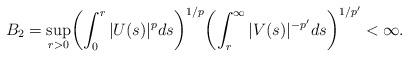
LaTeX: \begin{align*}B_2 = \sup_{r > 0} \biggl( \int_{0}^{r} |U(s)|^p ds \biggr)^{1/p} \biggl( \int_{r}^{\infty} |V(s)|^{-p'} ds \biggr)^{1/p'} < \infty.\end{align*}